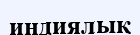
индиялық